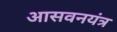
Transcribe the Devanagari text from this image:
आसवनयंत्र